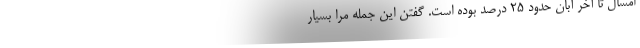
امسال تا آخر آبان حدود ۲۵ درصد بوده است. گفتن این جمله مرا بسیار